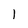
Character: 1